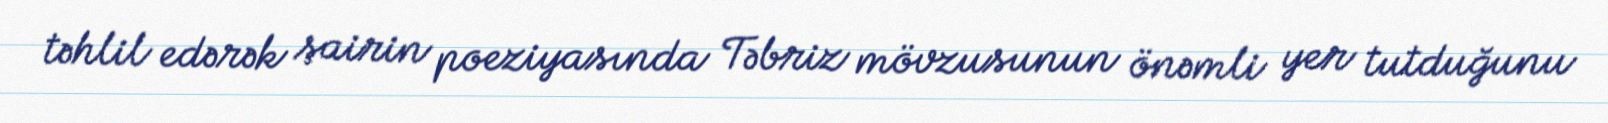
təhlil edərək şairin poeziyasında Təbriz mövzusunun önəmli yer tutduğunu